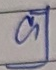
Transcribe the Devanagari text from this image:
क